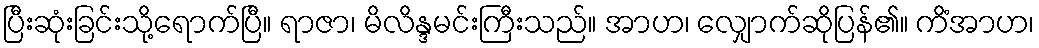
ပြီးဆုံးခြင်းသို့ရောက်ပြီ။ ရာဇာ၊ မိလိန္ဒမင်းကြီးသည်။ အာဟ၊ လျှောက်ဆိုပြန်၏။ ကိံအာဟ၊